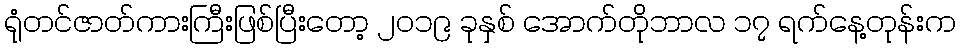
ရုံတင်ဇာတ်ကားကြီးဖြစ်ပြီးတော့ ၂၀၁၉ ခုနှစ် အောက်တိုဘာလ ၁၇ ရက်နေ့တုန်းက